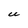
Character: u